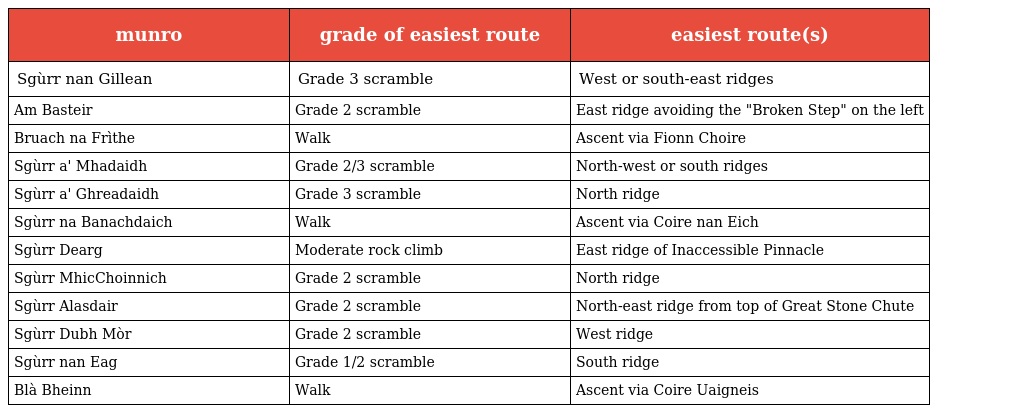
| munro | grade of easiest route | easiest route(s) |
 | --- | --- | --- |
 | Sgùrr nan Gillean | Grade 3 scramble | West or south-east ridges |
 | Am Basteir | Grade 2 scramble | East ridge avoiding the "Broken Step" on the left |
 | Bruach na Frìthe | Walk | Ascent via Fionn Choire |
 | Sgùrr a' Mhadaidh | Grade 2/3 scramble | North-west or south ridges |
 | Sgùrr a' Ghreadaidh | Grade 3 scramble | North ridge |
 | Sgùrr na Banachdaich | Walk | Ascent via Coire nan Eich |
 | Sgùrr Dearg | Moderate rock climb | East ridge of Inaccessible Pinnacle |
 | Sgùrr MhicChoinnich | Grade 2 scramble | North ridge |
 | Sgùrr Alasdair | Grade 2 scramble | North-east ridge from top of Great Stone Chute |
 | Sgùrr Dubh Mòr | Grade 2 scramble | West ridge |
 | Sgùrr nan Eag | Grade 1/2 scramble | South ridge |
 | Blà Bheinn | Walk | Ascent via Coire Uaigneis |